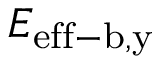
E _ { \mathrm { e f f - b , y } }